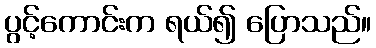
ပွင့်ကောင်းက ရယ်၍ ပြောသည်။